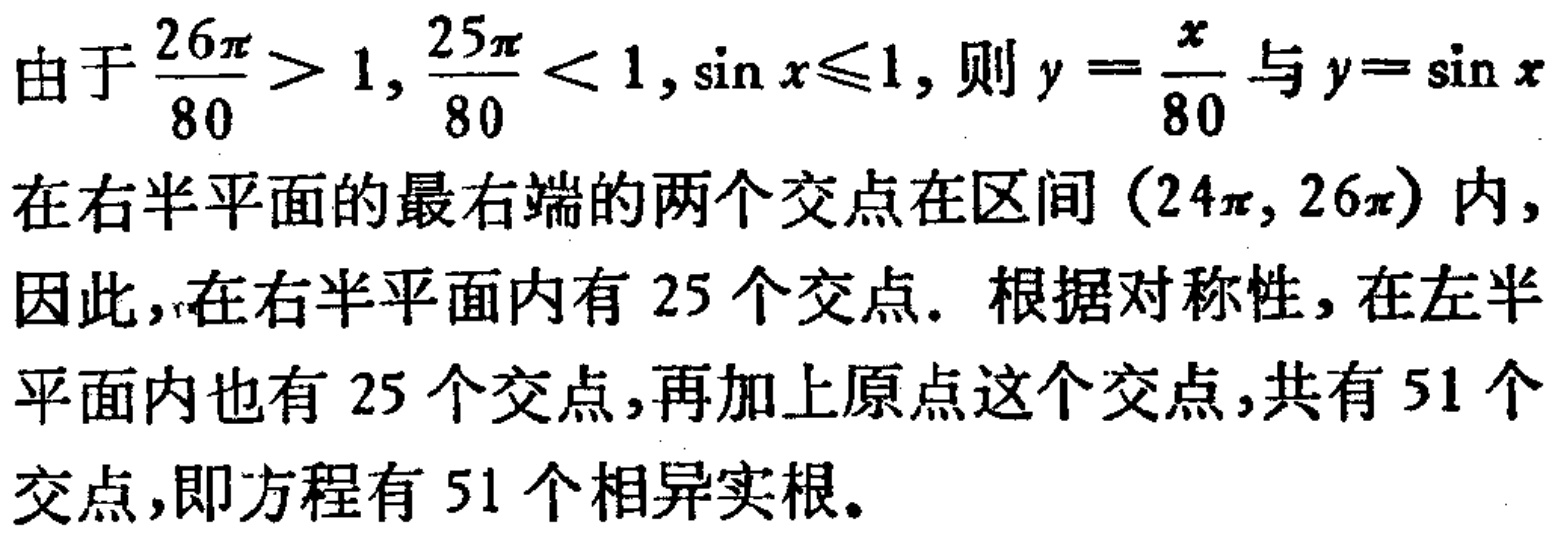
由于$\frac{26\pi}{80}>1,\frac{25\pi}{80}<1,\sin x\leqslant1$, 则$y = \frac{x}{80}$与$y = \sin x$在右半平面的最右端的两个交点在区间$(24\pi,26\pi)$内, 因此,在右半平面内有$25$个交点. 根据对称性, 在左半平面内也有$25$个交点,再加上原点这个交点,共有$51$个交点,即方程有$51$个相异实根。